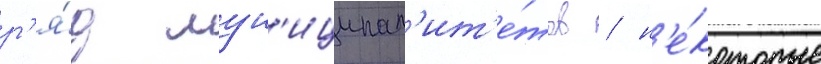
р'я́д мун'иципал'ит'е́тов / н'е́которые